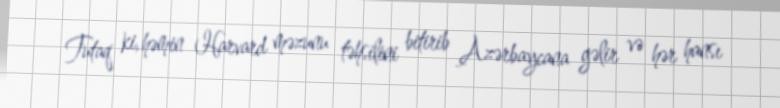
Tutaq ki, həmin Harvard məzunu təhsilini bitirib Azərbaycana gəlir və hər hansı